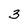
Character: 3